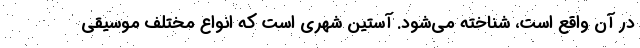
در آن واقع است، شناخته می‌شود. آستین شهری است که انواع مختلف موسیقی